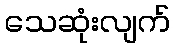
သေဆုံးလျက်